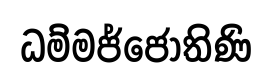
ධම්මජ්ජෝතිණි